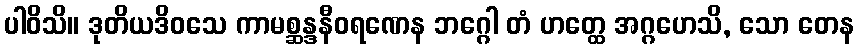
ပါဝိသိ။ ဒုတိယဒိဝသေ ကာမစ္ဆန္ဒနီဝရဏေန ဘဂ္ဂေါ တံ ဟတ္ထေ အဂ္ဂဟေသိ, သော တေန